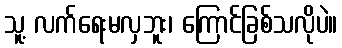
သူ့ လက်ရေးမလှဘူး၊ ကြောင်ခြစ်သလိုပဲ။